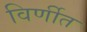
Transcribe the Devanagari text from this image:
विर्णीत